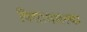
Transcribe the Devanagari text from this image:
पिसामधल्या